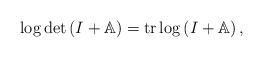
LaTeX: \begin{align*}\log\det\left( I+\mathbb{A}\right) =\operatorname*{tr}\log\left(I+\mathbb{A}\right) , \end{align*}